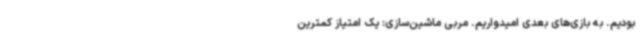
بودیم. به بازی‌های بعدی امیدواریم. مربی ماشین‌سازی: یک امتیاز کمترین